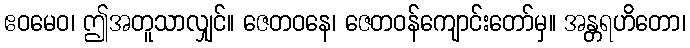
ဧဝမေဝ၊ ဤအတူသာလျှင်။ ဇေတဝနေ၊ ဇေတဝန်ကျောင်းတော်မှ။ အန္တရဟိတော၊